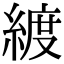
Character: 𦂀